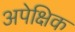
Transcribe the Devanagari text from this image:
अपेक्षिक